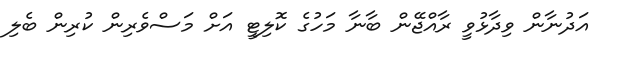
އަދުނާން ވިދާޅުވީ ރާއްޖޭން ބާނާ މަހުގެ ކޮލިޓީ އަށް މަސްވެރިން ކުރިން ބެލި